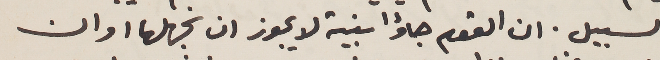
السبيل. ان القوم جاؤا بنية لا يجوز ان نجهلها او ان